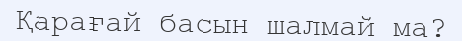
Қарағай басын шалмай ма?